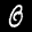
Label: 0